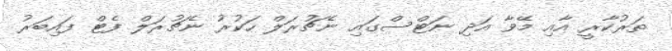
ތަރުކާރީ އާއި މޭވާ އަދި ނަޓްސްގައި ނެޗުރަލް ހަކުރު ނެޗުރަލް ފެޓް ފައިބަރު